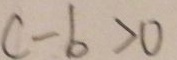
c - b > 0